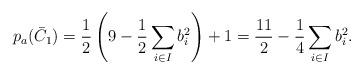
LaTeX: \begin{align*}p_a (\bar{C}_1) = \frac{1}{2} \left( 9 - \frac{1}{2} \sum_{i\in I } b_i^2 \right) +1 = \frac{11}{2} - \frac{1}{4} \sum_{i\in I } b_i^2. \end{align*}